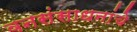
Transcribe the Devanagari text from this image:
वनसंसाधनांचे